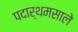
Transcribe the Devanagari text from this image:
पदार्थमसाले